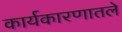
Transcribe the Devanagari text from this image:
कार्यकारणातले